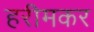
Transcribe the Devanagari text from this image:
हरीमकर